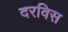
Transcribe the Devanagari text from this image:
दरविस